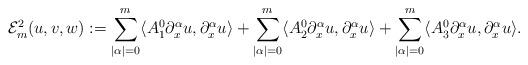
LaTeX: \begin{align*}\mathcal{E}_{m}^{2}(u,v,w):=\sum_{|\alpha|=0}^{m}\langle A_{1}^{0}\partial_{x}^{\alpha}u,\partial_{x}^{\alpha}u\rangle+\sum_{|\alpha|=0}^{m}\langle A_{2}^{0}\partial_{x}^{\alpha}u,\partial_{x}^{\alpha}u\rangle+\sum_{|\alpha|=0}^{m}\langle A_{3}^{0}\partial_{x}^{\alpha}u,\partial_{x}^{\alpha}u\rangle.\end{align*}